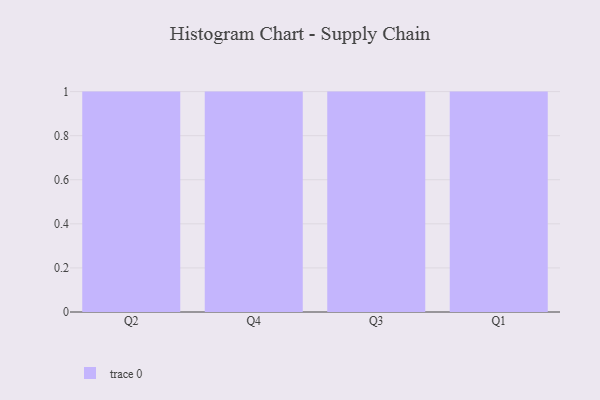
{"axis": {"x": "Quarter", "y": "Website Visitors"}, "legend": [""], "data": [{"x": "Q2", "y": 33, "type": ""}, {"x": "Q4", "y": 6, "type": ""}, {"x": "Q3", "y": 19, "type": ""}, {"x": "Q1", "y": 70, "type": ""}]}